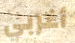
أغربي